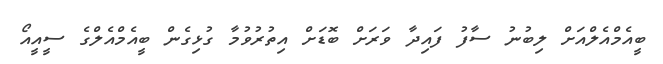
ބީއެމްއެލްއަށް ލިބުނު ސާފު ފައިދާ ވަރަށް ބޮޑަށް އިތުރުވުމާ ގުޅިގެން ބީއެމްއެލްގެ ސީއީއޯ